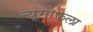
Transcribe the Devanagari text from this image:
न्यूमोफेला